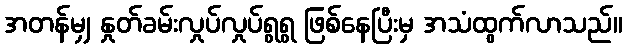
အတန်မျှ နှုတ်ခမ်းလှုပ်လှုပ်ရွရွ ဖြစ်နေပြီးမှ အသံထွက်လာသည်။